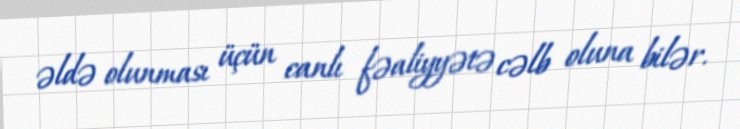
əldə olunması üçün canlı fəaliyyətə cəlb oluna bilər.